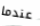
عندما